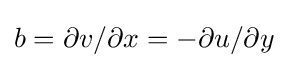
b=\partial v/\partial x=-\partial u/\partial y